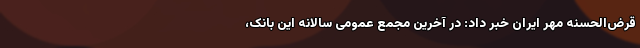
قرض‌الحسنه مهر ایران خبر داد: در آخرین مجمع عمومی سالانه این بانک،